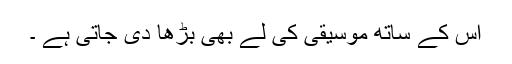
اس کے ساتھ موسیقی کی لے بھی بڑھا دی جاتی ہے ۔